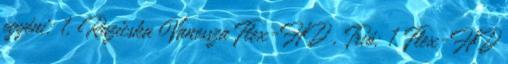
egyéni: 1. Ruzicska Vanessza Flex-HD , Trió: 1. Flex-HD